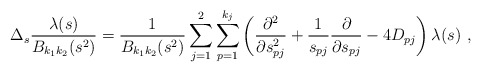
\begin{align*} \Delta_s\frac{\lambda(s)}{B_{k_1k_2}(s^2)}=\frac{1}{B_{k_1k_2}(s^2)} \sum_{j=1}^2 \sum_{p=1}^{k_j} \left( \frac{\partial^2} {\partial s_{pj}^2} + \frac{1}{s_{pj}}\frac{\partial} {\partial s_{pj}}-4D_{pj}\right)\lambda(s) \ ,\end{align*}